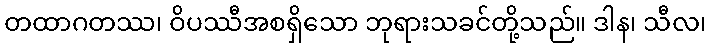
တထာဂတဿ၊ ဝိပဿီအစရှိသော ဘုရားသခင်တို့သည်။ ဒါန၊ သီလ၊